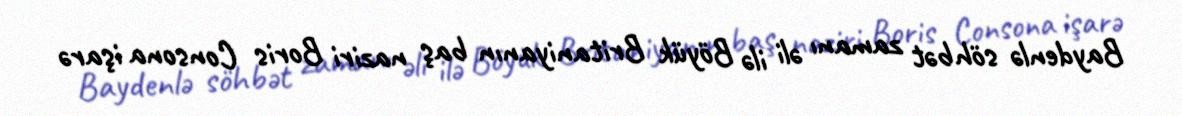
Baydenlə söhbət zamanı əli ilə Böyük Britaniyanın baş naziri Boris Consona işarə